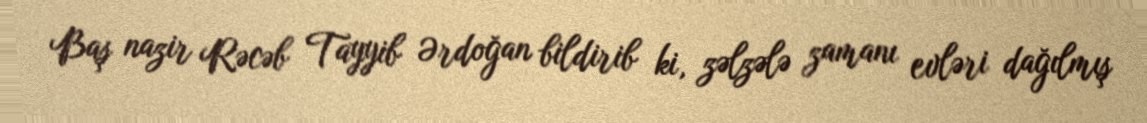
Baş nazir Rəcəb Tayyib Ərdoğan bildirib ki, zəlzələ zamanı evləri dağılmış